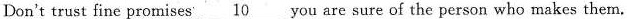
Don't trust fine promises 10 you are sure of the person who makes them.